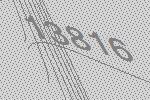
13816